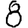
Digit: 8